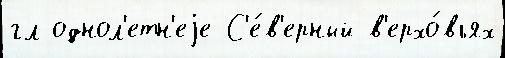
гл однол'етн'еjе С'е́в'ерный в'ерхо́вьях